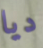
ديا